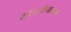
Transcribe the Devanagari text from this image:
सौंदर्योपासक